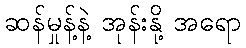
ဆန်မှုန့်နဲ့ အုန်းနို့ အရော